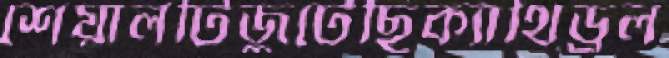
শেয়ালটিজুটেছিক্যাথিড্রল